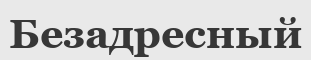
Безадресный